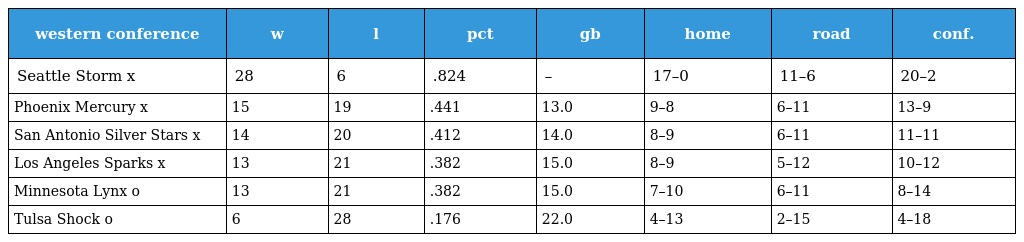
| western conference | w | l | pct | gb | home | road | conf. |
 | --- | --- | --- | --- | --- | --- | --- | --- |
 | Seattle Storm x | 28 | 6 | .824 | – | 17–0 | 11–6 | 20–2 |
 | Phoenix Mercury x | 15 | 19 | .441 | 13.0 | 9–8 | 6–11 | 13–9 |
 | San Antonio Silver Stars x | 14 | 20 | .412 | 14.0 | 8–9 | 6–11 | 11–11 |
 | Los Angeles Sparks x | 13 | 21 | .382 | 15.0 | 8–9 | 5–12 | 10–12 |
 | Minnesota Lynx o | 13 | 21 | .382 | 15.0 | 7–10 | 6–11 | 8–14 |
 | Tulsa Shock o | 6 | 28 | .176 | 22.0 | 4–13 | 2–15 | 4–18 |